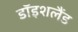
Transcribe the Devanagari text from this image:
डॉइशलैंड